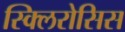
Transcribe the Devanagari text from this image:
स्क्लिरोसिस